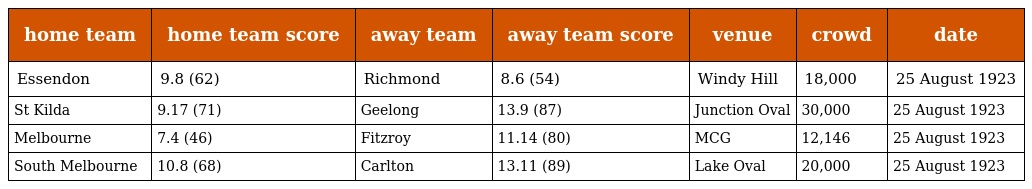
| home team | home team score | away team | away team score | venue | crowd | date |
 | --- | --- | --- | --- | --- | --- | --- |
 | Essendon | 9.8 (62) | Richmond | 8.6 (54) | Windy Hill | 18,000 | 25 August 1923 |
 | St Kilda | 9.17 (71) | Geelong | 13.9 (87) | Junction Oval | 30,000 | 25 August 1923 |
 | Melbourne | 7.4 (46) | Fitzroy | 11.14 (80) | MCG | 12,146 | 25 August 1923 |
 | South Melbourne | 10.8 (68) | Carlton | 13.11 (89) | Lake Oval | 20,000 | 25 August 1923 |